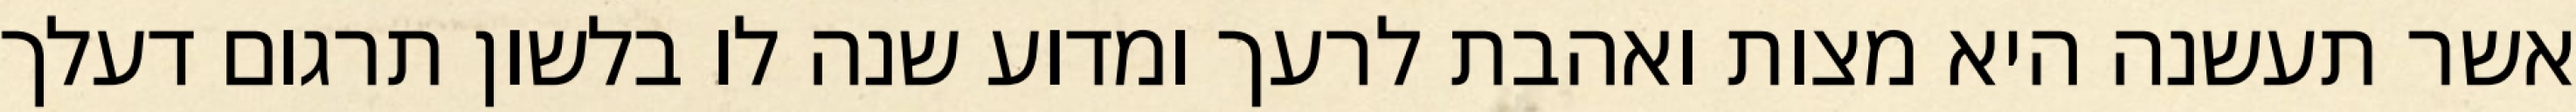
אשר תעשנה היא מצות ואהבת לרעך ומדוע שנה לו בלשון תרגום דעלך